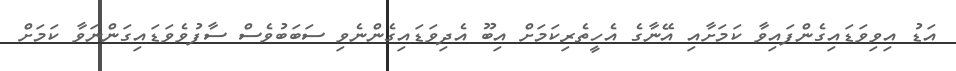
އަޑު އިވިވަޑައިގެންފައިވާ ކަމަށާއި އޭނާގެ އެހީތެރިކަމަށް އިބޫ އެދިވަޑައިގެންނެވި ސަބަބުވެސް ސާފުވެވަޑައިގަންނަވާ ކަމަށް